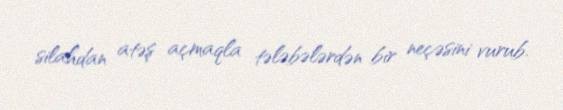
silahdan atəş açmaqla tələbələrdən bir neçəsini vurub.